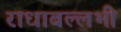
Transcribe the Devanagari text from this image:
राधाबल्लभी